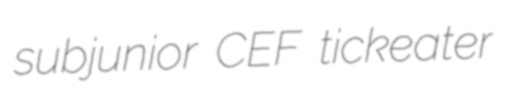
subjunior CEF tickeater